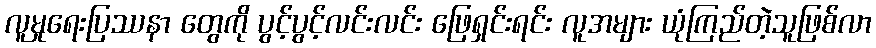
လူမှုရေးပြဿနာ တွေကို ပွင့်ပွင့်လင်းလင်း ဖြေရှင်းရင်း လူအများ ယုံကြည်တဲ့သူဖြစ်လာ